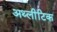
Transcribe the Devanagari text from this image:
अथ्लीटिक